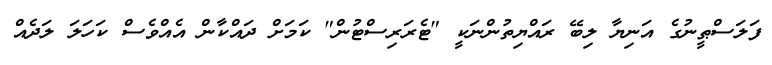
ފަލަސްޠީނުގެ އަނިޔާ ލިބޭ ރައްޔިތުންނަކީ "ޓެރަރިސްޓުން" ކަމަށް ދައްކާން އެއްވެސް ކަހަލަ ލަދެއް